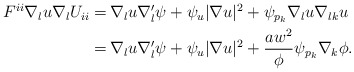
\begin{align*}\begin{aligned} F^{ii} \nabla_{l} u \nabla_l U_{ii} = \,& \nabla_{l} u \nabla'_{l} \psi + \psi_u |\nabla u|^2 + \psi_{p_k} \nabla_{l} u \nabla_{lk} u \\ = \,& \nabla_{l} u \nabla'_{l} \psi + \psi_u |\nabla u|^2 + \frac{a w^2}{\phi} \psi_{p_k} \nabla_k \phi. \end{aligned}\end{align*}